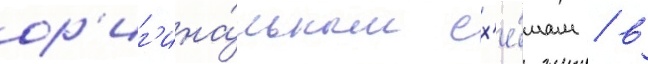
ор'иг'ина́льным сх'е́мам / в